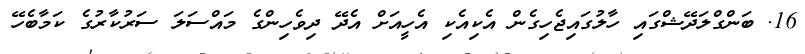
16. ބަންގްލަދޭޝްގައި ހާލުގައިޖެހިގެން އެކިއެކި އެހީއަށް އެދޭ ދިވެހިންގެ މައްސަލަ ސަރުކާރުގެ ކަމާބެހޭ